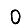
Digit: 0